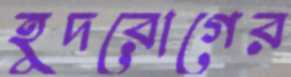
হূদরোগের